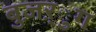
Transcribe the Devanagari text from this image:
बुज़ऱ्ुग